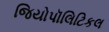
જિયોપૉલિટિકલ